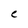
Character: C